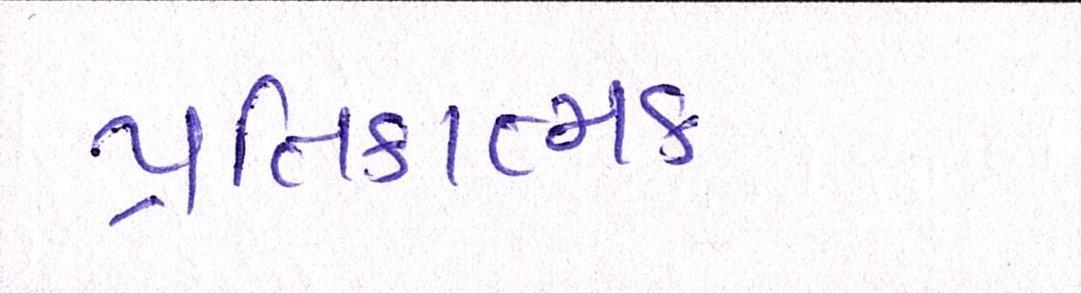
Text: પ્રતિકાત્મક